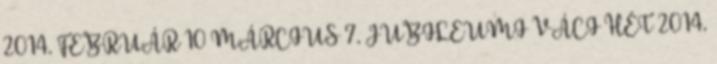
2014. FEBRUÁR 10 MÁRCIUS 7. JUBILEUMI VÁCI HÉT 2014.